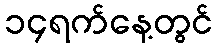
၁၄ရက်နေ့တွင်